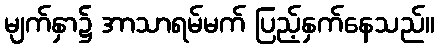
မျက်နှာ၌ အာသာရမ်မက် ပြည့်နှက်နေသည်။